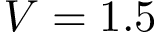
V = 1 . 5